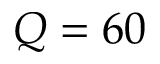
Q = 6 0